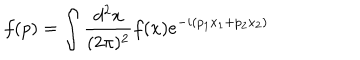
f ( p ) = \int \frac { d ^ { 2 } x } { ( 2 \pi ) ^ { 2 } } f ( x ) e ^ { - i ( p _ { 1 } x _ { 1 } + p _ { 2 } x _ { 2 } ) }